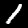
Label: 1